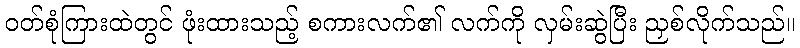
ဝတ်စုံကြားထဲတွင် ဖုံးထားသည့် စကားလက်၏ လက်ကို လှမ်းဆွဲပြီး ညှစ်လိုက်သည်။